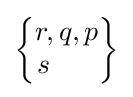
{\begin{Bmatrix}r,q,p\\s\ \ \ \ \ \end{Bmatrix}}